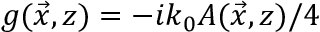
g ( \vec { x } , z ) = - i k _ { 0 } A ( \vec { x } , z ) / 4